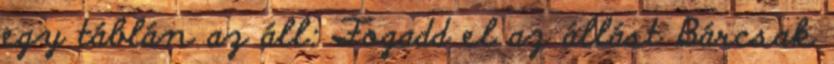
egy táblán az áll: Fogadd el az állást Bárcsak